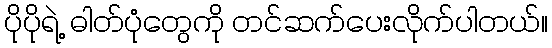
ပိုပိုရဲ့ ဓါတ်ပုံတွေကို တင်ဆက်ပေးလိုက်ပါတယ်။